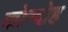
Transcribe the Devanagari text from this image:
कोन्‍दोह